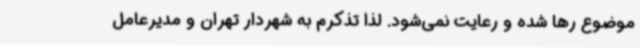
موضوع رها شده و رعایت نمی‌شود. لذا تذکرم به شهردار تهران و مدیرعامل